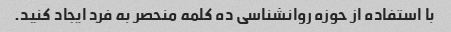
با استفاده از حوزه روانشناسی ده کلمه منحصر به فرد ایجاد کنید.